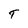
Character: T